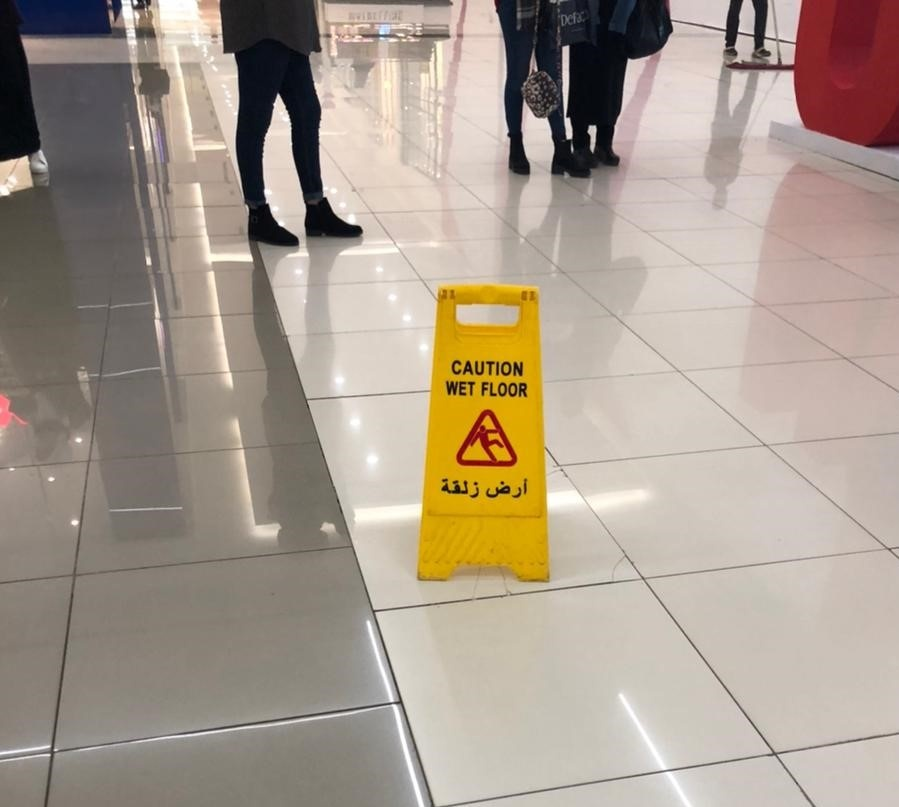
Text in image: زلقة أرض CAUTION WET FLOOR